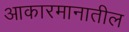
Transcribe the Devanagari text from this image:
आकारमानातील